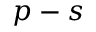
p - s